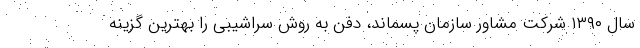
سال ۱۳۹۰ شرکت مشاور سازمان پسماند، دفن به روش سراشیبی را بهترین گزینه